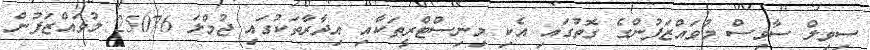
ސިވިލް ސާވިސް މުވައްޒަފުންގެ ގޮތުގައި އެކި މިނިސްޓްރީތަކާއި އިދާރާތަކުގައި ޖުމްލަ 25076 މުވައްޒަފުން